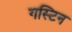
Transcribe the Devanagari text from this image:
गस्टिन